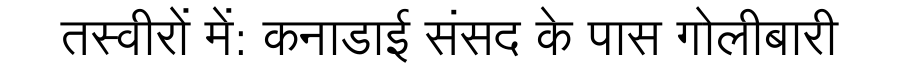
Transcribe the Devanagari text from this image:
तस्वीरों में: कनाडाई संसद के पास गोलीबारी